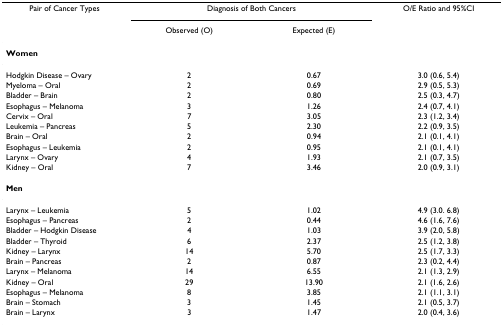
<table><thead><tr><td><b>Pair of Cancer Types</b></td><td colspan="2"><b>Diagnosis of Both Cancers</b></td><td><b>O/E Ratio and 95%CI</b></td></tr><tr><td></td><td><b>Observed (O)</b></td><td><b>Expected (E)</b></td><td></td></tr></thead><tbody><tr><td><b>Women</b></td><td></td><td></td><td></td></tr><tr><td>Hodgkin Disease – Ovary</td><td>2</td><td>0.67</td><td>3.0 (0.6, 5.4)</td></tr><tr><td>Myeloma – Oral</td><td>2</td><td>0.69</td><td>2.9 (0.5, 5.3)</td></tr><tr><td>Bladder – Brain</td><td>2</td><td>0.80</td><td>2.5 (0.3, 4.7)</td></tr><tr><td>Esophagus – Melanoma</td><td>3</td><td>1.26</td><td>2.4 (0.7, 4.1)</td></tr><tr><td>Cervix – Oral</td><td>7</td><td>3.05</td><td>2.3 (1.2, 3.4)</td></tr><tr><td>Leukemia – Pancreas</td><td>5</td><td>2.30</td><td>2.2 (0.9, 3.5)</td></tr><tr><td>Brain – Oral</td><td>2</td><td>0.94</td><td>2.1 (0.1, 4.1)</td></tr><tr><td>Esophagus – Leukemia</td><td>2</td><td>0.95</td><td>2.1 (0.1, 4.1)</td></tr><tr><td>Larynx – Ovary</td><td>4</td><td>1.93</td><td>2.1 (0.7, 3.5)</td></tr><tr><td>Kidney – Oral</td><td>7</td><td>3.46</td><td>2.0 (0.9, 3.1)</td></tr><tr><td><b>Men</b></td><td></td><td></td><td></td></tr><tr><td>Larynx – Leukemia</td><td>5</td><td>1.02</td><td>4.9 (3.0. 6.8)</td></tr><tr><td>Esophagus – Pancreas</td><td>2</td><td>0.44</td><td>4.6 (1.6, 7.6)</td></tr><tr><td>Bladder – Hodgkin Disease</td><td>4</td><td>1.03</td><td>3.9 (2.0, 5.8)</td></tr><tr><td>Bladder – Thyroid</td><td>6</td><td>2.37</td><td>2.5 (1.2, 3.8)</td></tr><tr><td>Kidney – Larynx</td><td>14</td><td>5.70</td><td>2.5 (1.7, 3.3)</td></tr><tr><td>Brain – Pancreas</td><td>2</td><td>0.87</td><td>2.3 (0.2, 4.4)</td></tr><tr><td>Larynx – Melanoma</td><td>14</td><td>6.55</td><td>2.1 (1.3, 2.9)</td></tr><tr><td>Kidney – Oral</td><td>29</td><td>13.90</td><td>2.1 (1.6, 2.6)</td></tr><tr><td>Esophagus – Melanoma</td><td>8</td><td>3.85</td><td>2.1 (1.1, 3.1)</td></tr><tr><td>Brain – Stomach</td><td>3</td><td>1.45</td><td>2.1 (0.5, 3.7)</td></tr><tr><td>Brain – Larynx</td><td>3</td><td>1.47</td><td>2.0 (0.4, 3.6)</td></tr></tbody></table>